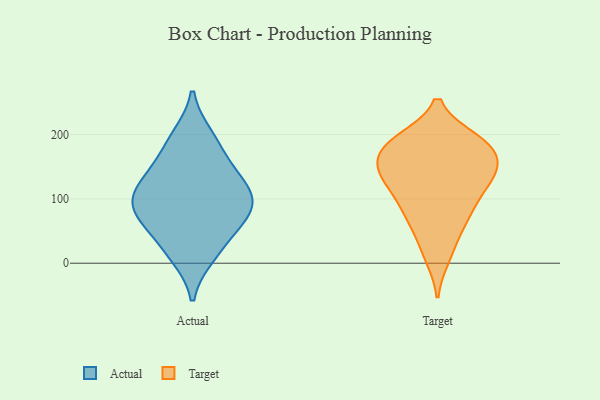
{"axis": {"x": "Revenue (USD Million)", "y": "Value"}, "legend": ["Actual", "Target"], "data": [{"x": "", "y": 197, "type": "Actual"}, {"x": "", "y": 133, "type": "Actual"}, {"x": "", "y": 150, "type": "Actual"}, {"x": "", "y": 91, "type": "Actual"}, {"x": "", "y": 19, "type": "Actual"}, {"x": "", "y": 95, "type": "Actual"}, {"x": "", "y": 56, "type": "Actual"}, {"x": "", "y": 189, "type": "Actual"}, {"x": "", "y": 99, "type": "Actual"}, {"x": "", "y": 136, "type": "Actual"}, {"x": "", "y": 80, "type": "Actual"}, {"x": "", "y": 60, "type": "Actual"}, {"x": "", "y": 103, "type": "Actual"}, {"x": "", "y": 12, "type": "Actual"}, {"x": "", "y": 70, "type": "Target"}, {"x": "", "y": 84, "type": "Target"}, {"x": "", "y": 169, "type": "Target"}, {"x": "", "y": 11, "type": "Target"}, {"x": "", "y": 175, "type": "Target"}, {"x": "", "y": 180, "type": "Target"}, {"x": "", "y": 25, "type": "Target"}, {"x": "", "y": 122, "type": "Target"}, {"x": "", "y": 150, "type": "Target"}, {"x": "", "y": 71, "type": "Target"}, {"x": "", "y": 135, "type": "Target"}, {"x": "", "y": 190, "type": "Target"}, {"x": "", "y": 191, "type": "Target"}, {"x": "", "y": 79, "type": "Target"}, {"x": "", "y": 144, "type": "Target"}, {"x": "", "y": 190, "type": "Target"}, {"x": "", "y": 134, "type": "Target"}, {"x": "", "y": 123, "type": "Target"}, {"x": "", "y": 131, "type": "Target"}, {"x": "", "y": 183, "type": "Target"}]}